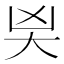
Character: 𭑄